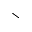
\setminus